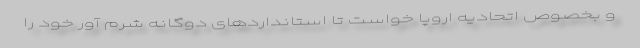
و بخصوص اتحادیه اروپا خواست تا استانداردهای دوگانه شرم آور خود را